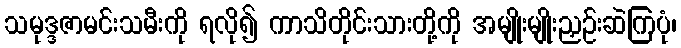
သမုဒ္ဒဇာမင်းသမီးကို ရလို၍ ကာသိတိုင်းသားတို့ကို အမျိုးမျိုးညှဉ်းဆဲကြပုံ၊